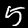
Label: 5